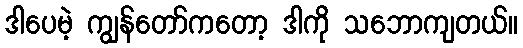
ဒါပေမဲ့ ကျွန်တော်ကတော့ ဒါကို သဘောကျတယ်။